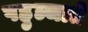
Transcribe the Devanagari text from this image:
पहुञ्चाते